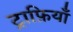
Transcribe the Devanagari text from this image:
ट्राफ़ियाँ